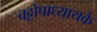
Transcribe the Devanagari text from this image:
चट्टोपाध्यायके